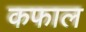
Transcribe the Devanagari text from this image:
कफाल